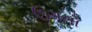
ઉગતો